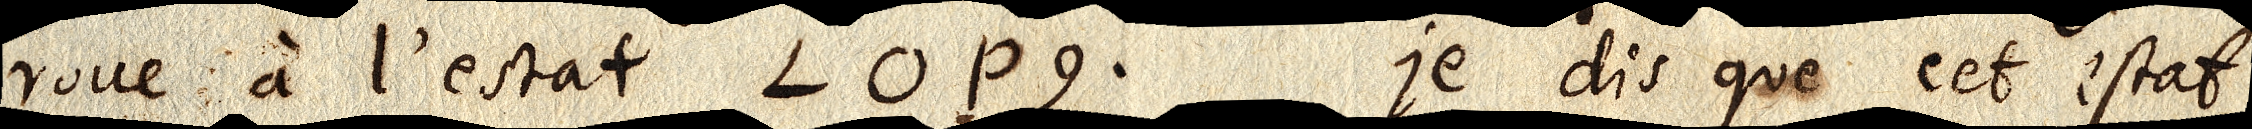
roue à l’estat LOPQ. Je dis que cet estat